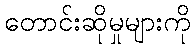
တောင်းဆိုမှုများကို